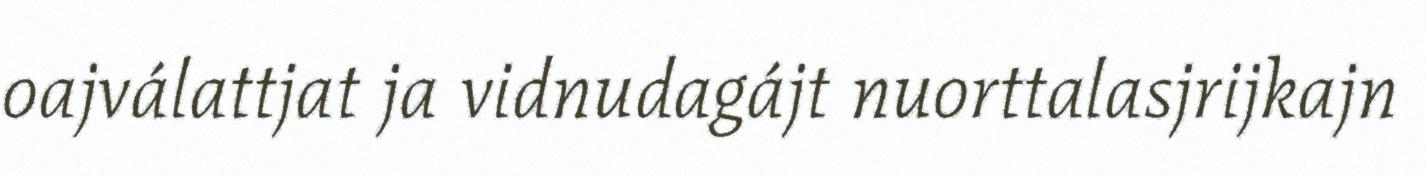
oajválattjat ja vidnudagájt nuorttalasjrijkajn